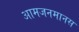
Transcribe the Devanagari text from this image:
आमजनमानस